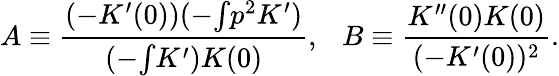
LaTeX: A\equiv\frac{(-K^{\prime}(0))(-{\textstyle\int}p^{2}K^{\prime})}{(-{\textstyle\int}K^{\prime})K(0)},\ \ \ B\equiv\frac{K^{\prime\prime}(0)K(0)}{(-K^{\prime}(0))^{2}}.